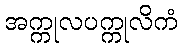
အက္ကုလပက္ကုလိကံ